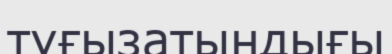
туғызатындығы